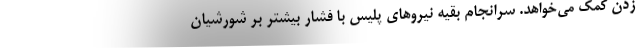
زدن کمک می‌خواهد. سرانجام بقیه نیروهای پلیس با فشار بیشتر بر شورشیان